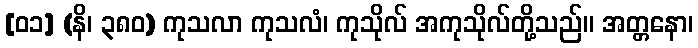
[၀၁] (နိ၊ ၃၈၀) ကုသလာ ကုသလံ၊ ကုသိုလ် အကုသိုလ်တို့သည်။ အတ္တနော၊